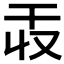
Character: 𫷕